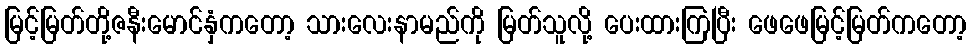
မြင့်မြတ်တို့ဇနီးမောင်နှံကတော့ သားလေးနာမည်ကို မြတ်သူလို့ ပေးထားကြပြီး ဖေဖေမြင့်မြတ်ကတော့